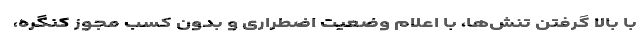
با بالا گرفتن تنش‌ها، با اعلام وضعیت اضطراری و بدون کسب مجوز کنگره،